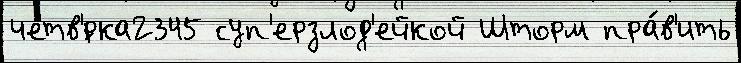
четв'́рка2345 суп'ерзлод'ейкой Шторм пра́в'ить